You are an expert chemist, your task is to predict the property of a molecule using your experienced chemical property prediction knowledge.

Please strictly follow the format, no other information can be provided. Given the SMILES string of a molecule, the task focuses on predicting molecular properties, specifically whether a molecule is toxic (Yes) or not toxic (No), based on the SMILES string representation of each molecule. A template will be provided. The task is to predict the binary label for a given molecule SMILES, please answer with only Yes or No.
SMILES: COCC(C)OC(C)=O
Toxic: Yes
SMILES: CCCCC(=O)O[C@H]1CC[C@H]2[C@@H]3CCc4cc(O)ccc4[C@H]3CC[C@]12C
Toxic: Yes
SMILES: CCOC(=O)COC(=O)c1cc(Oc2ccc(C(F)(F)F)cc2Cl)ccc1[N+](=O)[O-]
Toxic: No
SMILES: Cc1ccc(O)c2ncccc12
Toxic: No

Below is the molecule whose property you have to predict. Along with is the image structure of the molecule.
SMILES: CCC(C)c1cc([N+](=O)[O-])cc([N+](=O)[O-])c1O
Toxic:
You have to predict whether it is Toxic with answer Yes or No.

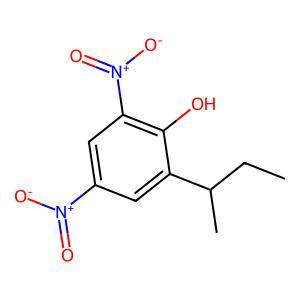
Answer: No